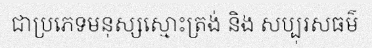
ជាប្រភេទមនុស្សស្មោះត្រង់ និង សប្បុរសធម៌